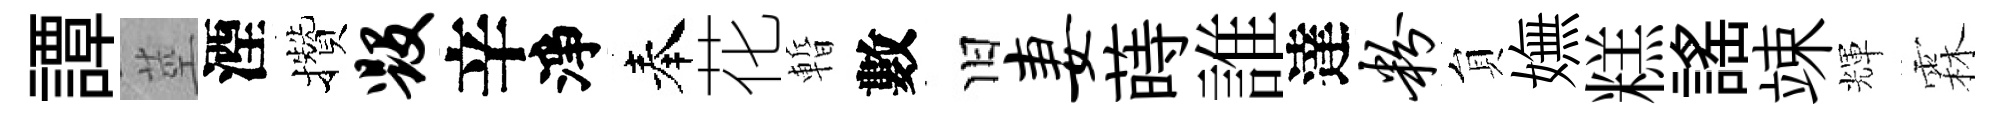
譚莖湮攢毁辛淨奉花暫數旧妻蒔誰達粉貟嫵糕謡竦輝霖